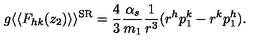
g \langle \langle F _ { h k } ( z _ { 2 } ) \rangle \rangle ^ { \mathrm { S R } } = \frac { 4 } { 3 } \frac { \alpha _ { s } } { m _ { 1 } } \frac { 1 } { r ^ { 3 } } ( r ^ { h } p _ { 1 } ^ { k } - r ^ { k } p _ { 1 } ^ { h } ) .